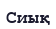
Сиық